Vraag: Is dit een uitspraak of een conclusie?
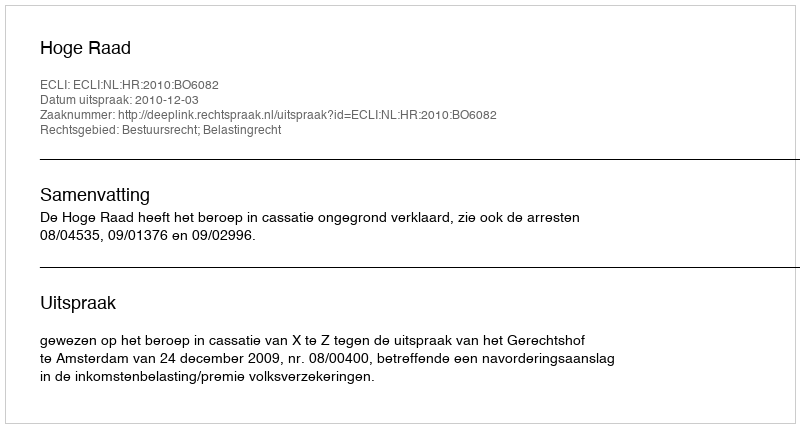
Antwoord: Uitspraak